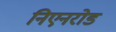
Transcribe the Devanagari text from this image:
निएनरोड